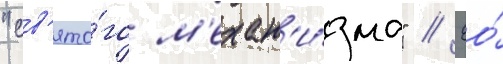
"св'ято́го м'ехан'и́зма" // Ео́